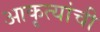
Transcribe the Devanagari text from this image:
आकृत्यांची